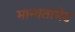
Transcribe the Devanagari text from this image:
मान्यताभेद